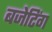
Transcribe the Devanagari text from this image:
बजेटिंग